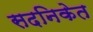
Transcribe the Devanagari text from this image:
सदनिकेत